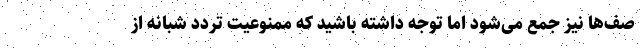
صف‌ها نیز جمع می‌شود اما توجه داشته باشید که ممنوعیت تردد شبانه از